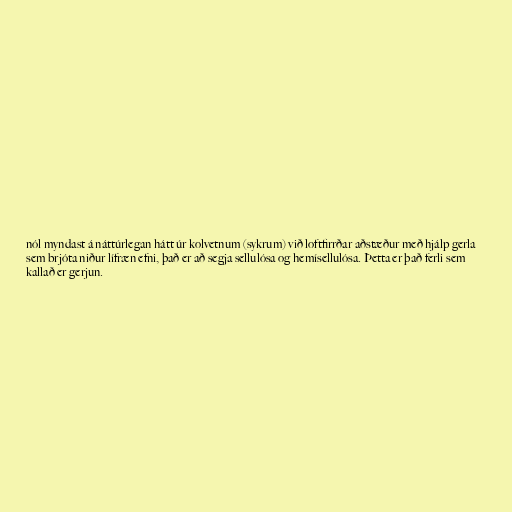
nól myndast á náttúrlegan hátt úr kolvetnum (sykrum) við loftfirrðar aðstæður með hjálp gerla
sem brjóta niður lífræn efni, það er að segja sellulósa og hemísellulósa. Þetta er það ferli sem
kallað er gerjun.